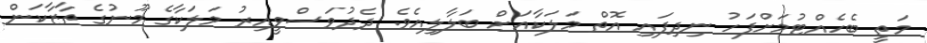
މަތީ ބެހެއްޓުމަށްފަހު ނިދިފައި އޮތް މަލަކާއަށް ބަލާލިއެވެ. ދެދުވަސްވީއިރު މަލަކާގެ މޫނުގެ ތާޒާކަން